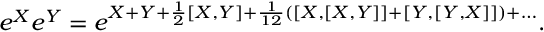
e ^ { X } e ^ { Y } = e ^ { X + Y + \frac { 1 } { 2 } [ X , Y ] + \frac { 1 } { 1 2 } ( [ X , [ X , Y ] ] + [ Y , [ Y , X ] ] ) + \dots } .